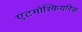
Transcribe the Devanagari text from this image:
एटमोस्फियरिक